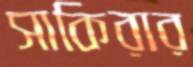
সাকিরার